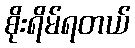
စိုးရိမ်ရတယ်